Bréfritari: Ragnheiður Daníelsdóttir
Viðtakandi: Jakobína Magnúsdóttir
Dagsetning: A-1886-11-04
Skrifað á: Reykjavík  Gull.
Ragnheiður var dóttir Jakobínu

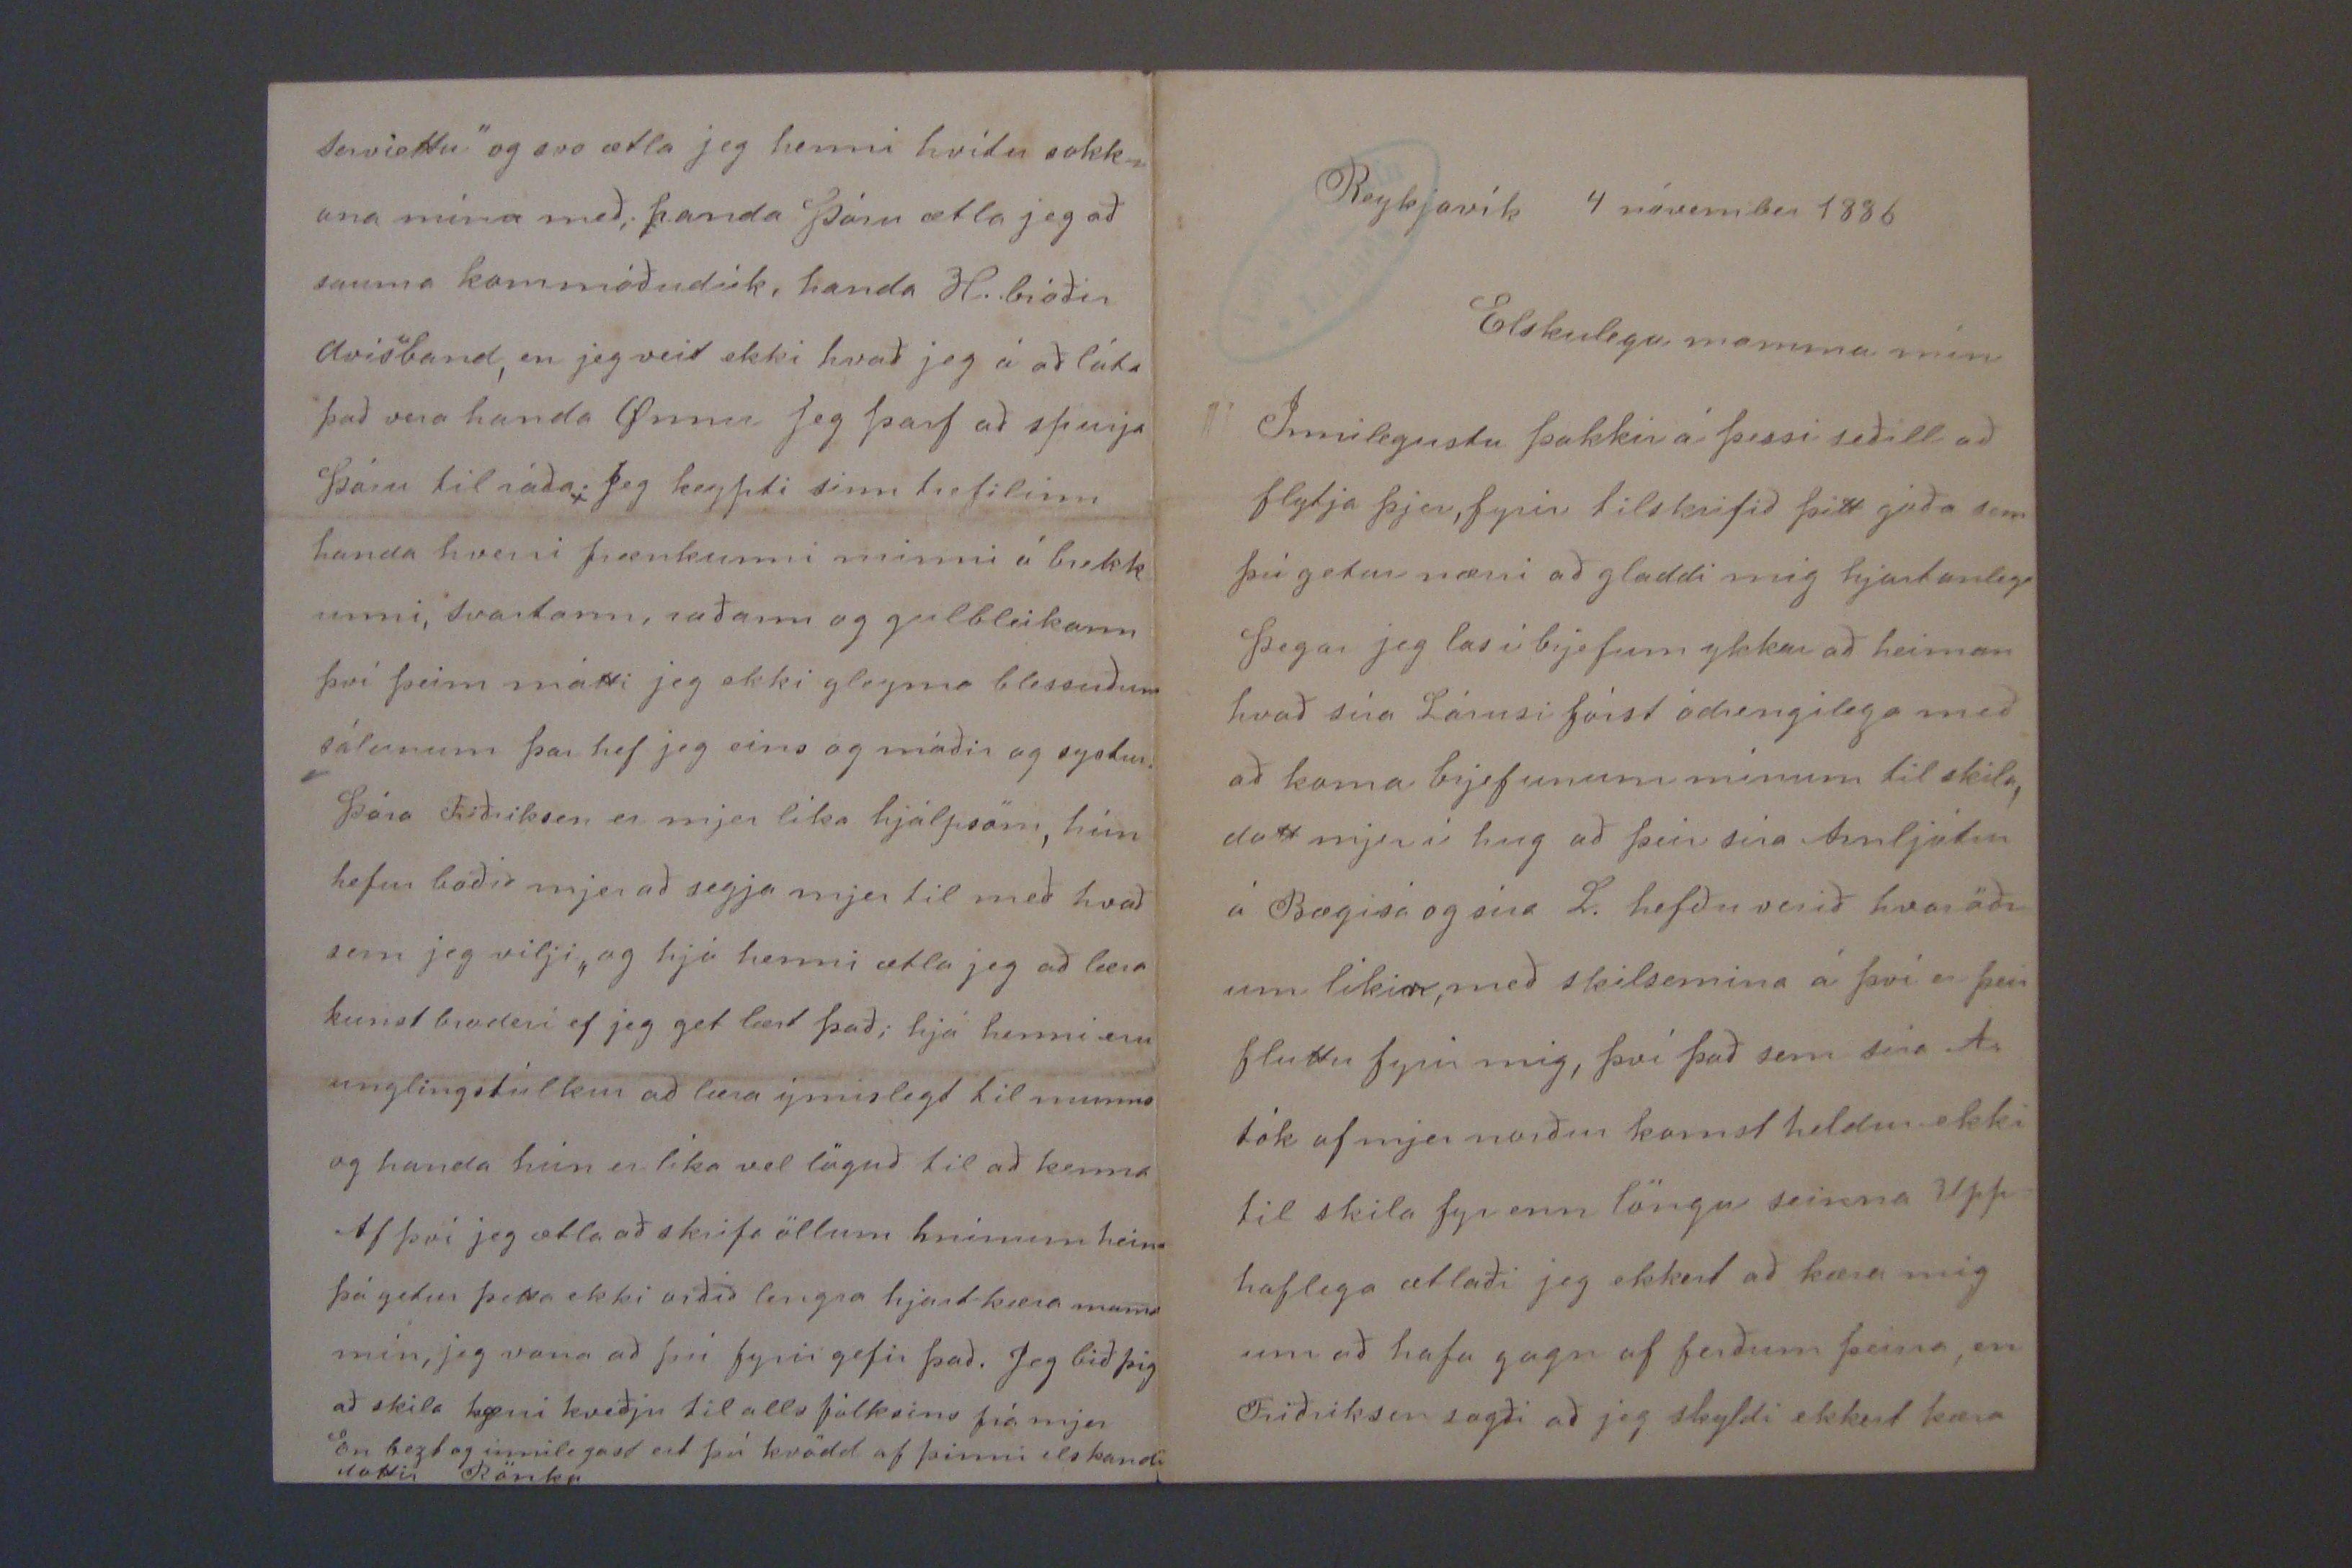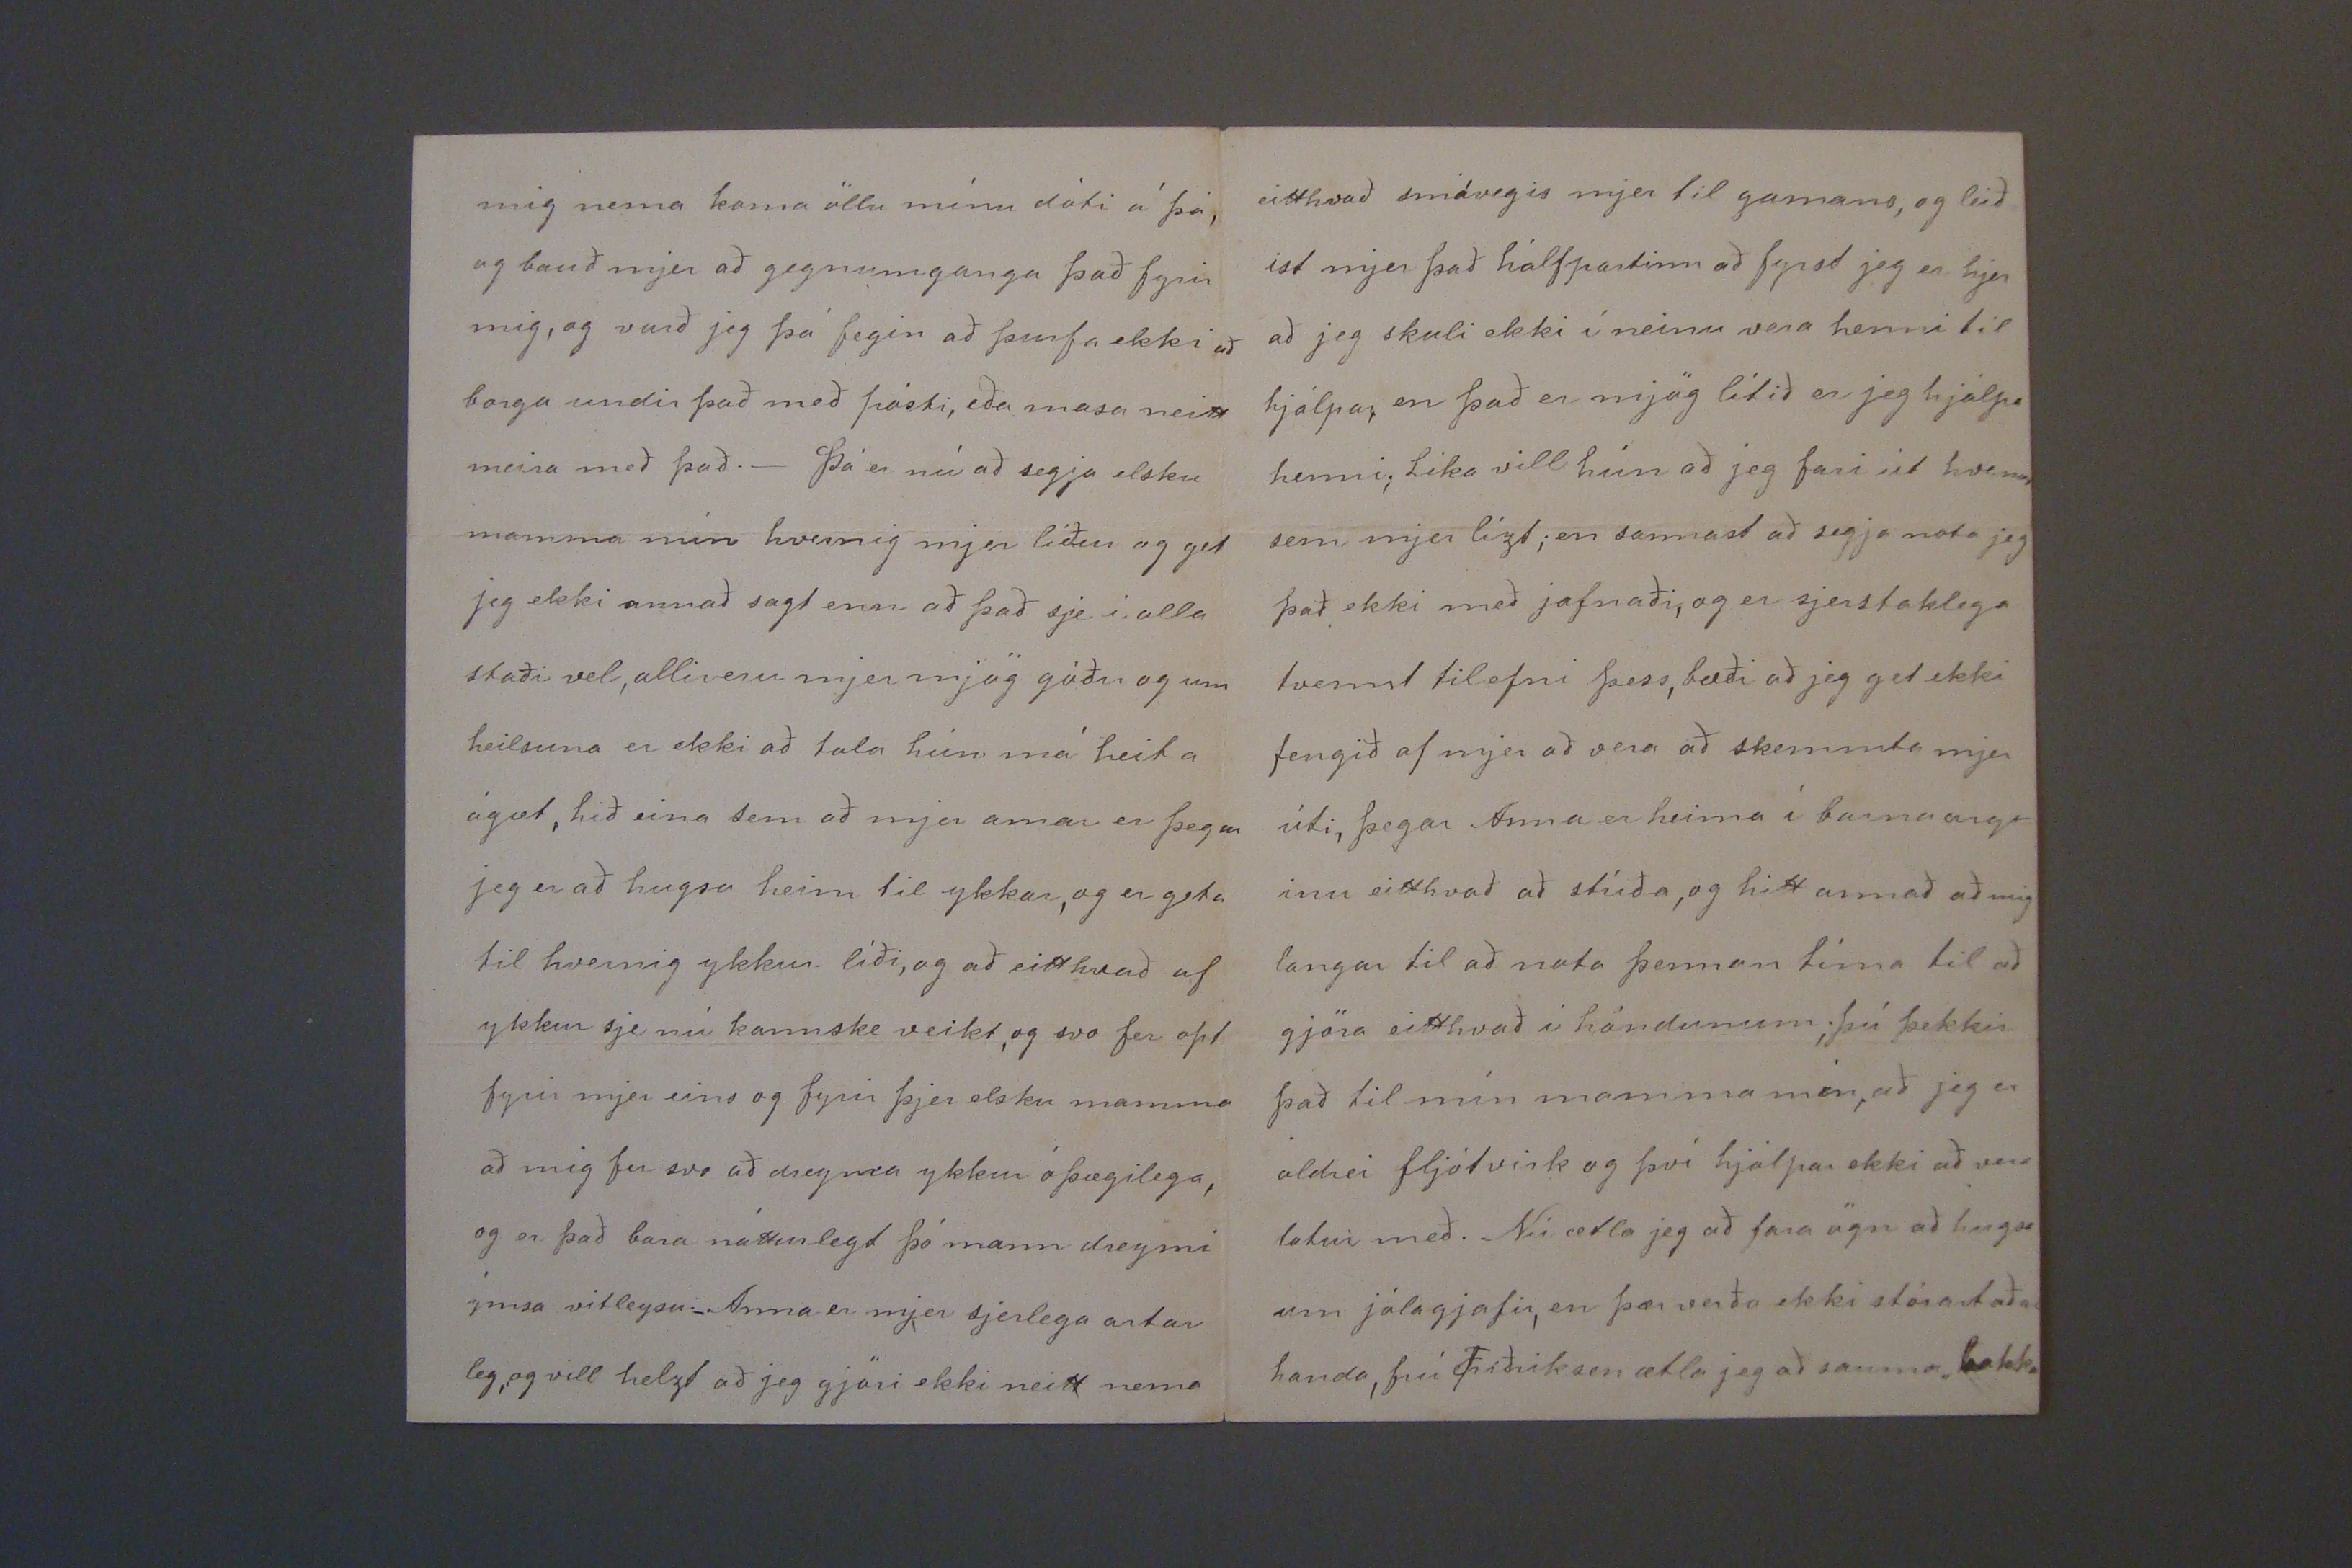

Reykjavík 4 nóvember 1886
Elskulega mamma mín
Innilegustu þakkir á þessi seðill að flytja þjer, fyrir tilskrifið þitt góða sem þú getur nærri að gladdi mig hjartanlega Þegar jeg las í brjefum ykkar að heiman hvað séra Lárusi fórst ódrengilega með að koma brjefunum mínum til skila, datt mjer í hug að þeir séra Arnljótur á Bægisá, með skilsemina á því er þeir fluttu fyrir mig, því það sem séra A. tók af mjer norður komst heldur ekki til skila fyr enn löngu
seirna
Upp- haflega ætlaði jeg ekkert að kæra mig um að hafa gagn af ferðum þeira, en Friðriksen sagði að jeg skyldi ekkert kæra
mig nema koma öllu mínu dóti á þá, og bauð mjer að gegnumganga það fyrir mig, og varð jeg þá fegin að þurfa ekki að borga undir það með pósti, eða masa neitt meira með það._ Þá er nú að segja elsku mamma mín hvernig mjer líður og get jeg ekki annað sagt enn að það sje í alla staði vel, allir eru mjer mjög góðir og um heilsuna er ekki að tala hún má heita ágæt, hið eina sem að mjer amar er þegar jeg er að hugsa heim til ykkar, og er geta til hvernig ykkur líði, og að eitthvað af ykkur sje nú kannske veikt, og svo fer opt fyrir mjer eins og fyrir þjer elsku mamma að mig fer svo að dreyma ykkur óþægilega, og er það bara nátturlegt þó mann dreymi ýmsa vitleysu._ Anna er mjer sjerlega astar leg og vill helzt að jeg gjöri ekki neitt nema
eitthvað smávegis mjer til gamans, og leið ist mjer það hálfpartinn að fyrst jeg er hjer að jeg skuli ekki í neinu vera henni til hjálpar, en það er mjög lítið er jeg hjálpa henni; Líka vill hún að jeg fari út hvenar sem mjer lízt; en sannast að segja nota jeg það ekki með jafnaði, og er sjerstaklega tvennt tilefni þess, bæði að jeg get ekki fengið af mjer að vera að skemmta mjer úti, þegar Anna er heima í
barnavigt inu
eitthvað að stírða, og hitt annað að mig langar til að nota þennan tíma til að gjöra eitthvað í höndunum; þú þekkir það til mín mamma mín, að jeg er aldrei fljótvirk og því hjálpar ekki að vera latur með. Nú ætla jeg að fara ögn að hugsa um jólagjafir, en þær verða ekki stóra staðar handa, frú Friðriksen ætla jeg að sauma bakka
serviettu" og svo ætla jeg henni hvítu sokk= ana mína með; handa Þóru ætla jeg að sauma kommóðudúk, handa H. bróðir
avis"band
, en jeg veit ekki hvað jeg á að láta það vera handa Önnu. Jeg þarf að spurja Þóru til ráða*. Jeg keypti sinn trefilinn handa hverri frænkunni minni á brekk unni, svartann, ruðann og gulbleikann því þeirri mátti jeg ekki gleyma blessuðum sálunum þar hef jeg eins og móðir og systur. Þóra Friðriksen er mjer líka hjálpsöm, hún hefur boðið mjer að segja mjer til með hvað sem jeg vilji, og hjá henni ætla jeg að læra kunst broderi ef jeg get lært það; hjá henni eru unglingstúlkur að læra ýmislegt til munns og handa hún er líka vel löguð til að kenna Af því jeg ætla að skrifa öllum
h0í0um heima
þá getur þetta ekki orðið lengra hjartkæra mama mín, jeg vona að þú fyrir gefir það. Jeg bið þig að skila kærri kveðju til alls fólksins frá mjer en bezt og innilegast ert þú kvödd af þinni elskandi dóttir
Rönku